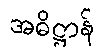
အဓိဋ္ဌာန်